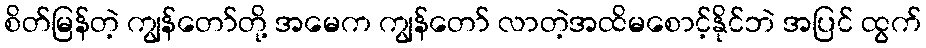
စိတ်မြန်တဲ့ ကျွန်တော်တို့ အမေက ကျွန်တော် လာတဲ့အထိမစောင့်နိုင်ဘဲ အပြင် ထွက်